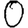
Digit: 0